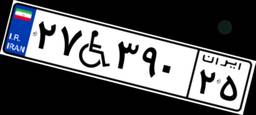
۲۷W۳۹۰۲۵